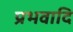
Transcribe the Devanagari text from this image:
प्रभवादि